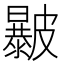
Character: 㿺